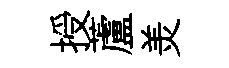
授蘆羙